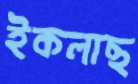
ইকলাছ